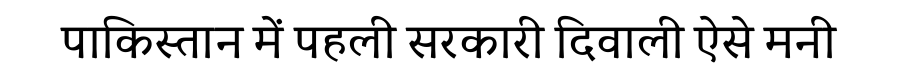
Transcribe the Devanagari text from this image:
पाकिस्तान में पहली सरकारी दिवाली ऐसे मनी